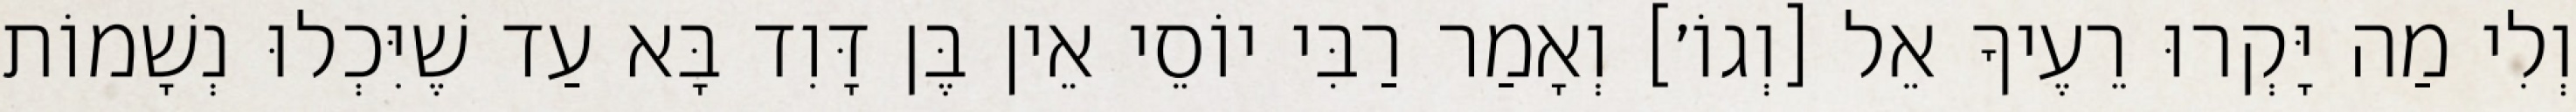
וְלִי מַה יָּקְרוּ רֵעֶיךָ אֵל [וְגוֹ׳] וְאָמַר רַבִּי יוֹסֵי אֵין בֶּן דָּוִד בָּא עַד שֶׁיִּכְלוּ נְשָׁמוֹת